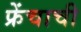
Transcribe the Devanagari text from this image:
फ्रेंचाची